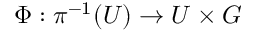
\Phi : \pi ^ { - 1 } ( U ) \to U \times G